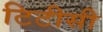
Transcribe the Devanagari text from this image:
टिटीसी